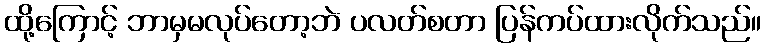
ထို့ကြောင့် ဘာမှမလုပ်တော့ဘဲ ပလတ်စတာ ပြန်ကပ်ထားလိုက်သည်။